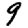
Digit: 9